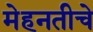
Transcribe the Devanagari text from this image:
मेहनतीचे